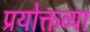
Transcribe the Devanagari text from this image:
प्रयोक्तव्या